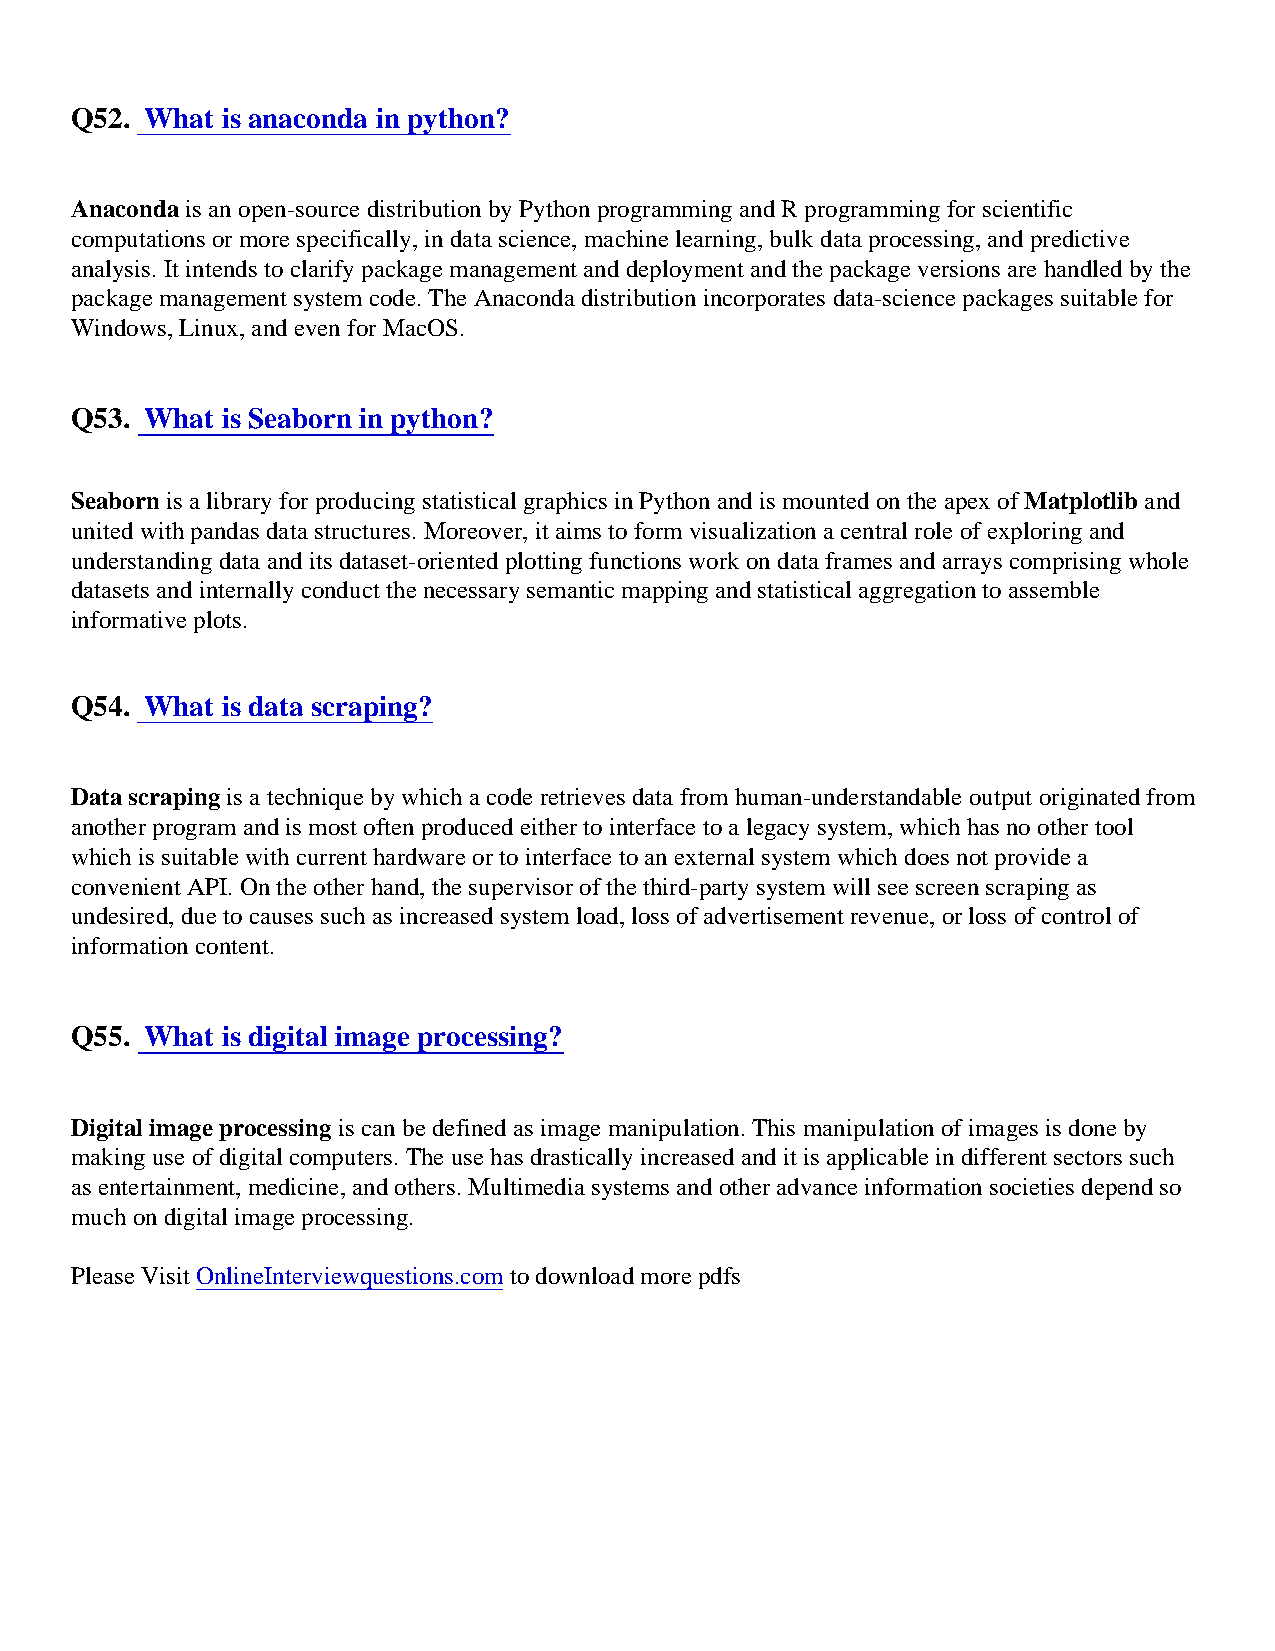
Q52. What is anaconda in python?
 Anaconda is an open-source distribution by Python programming and R programming for scientific
 computations or more specifically, in data science, machine learning, bulk data processing, and predictive
 analysis. It intends to clarify package management and deployment and the package versions are handled by the
 package management system code. The Anaconda distribution incorporates data-science packages suitable for
 Windows, Linux, and even for MacOS.
 Q53. What is Seaborn in python?
 Seaborn is a library for producing statistical graphics in Python and is mounted on the apex of Matplotlib and
 united with pandas data structures. Moreover, it aims to form visualization a central role of exploring and
 understanding data and its dataset-oriented plotting functions work on data frames and arrays comprising whole
 datasets and internally conduct the necessary semantic mapping and statistical aggregation to assemble
 informative plots.
 Q54. What is data scraping?
 Data scraping is a technique by which a code retrieves data from human-understandable output originated from
 another program and is most often produced either to interface to a legacy system, which has no other tool
 which is suitable with current hardware or to interface to an external system which does not provide a
 convenient API. On the other hand, the supervisor of the third-party system will see screen scraping as
 undesired, due to causes such as increased system load, loss of advertisement revenue, or loss of control of
 information content.
 Q55. What is digital image processing?
 Digital image processing is can be defined as image manipulation. This manipulation of images is done by
 making use of digital computers. The use has drastically increased and it is applicable in different sectors such
 as entertainment, medicine, and others. Multimedia systems and other advance information societies depend so
 much on digital image processing.
 Please Visit OnlineInterviewquestions.com to download more pdfs